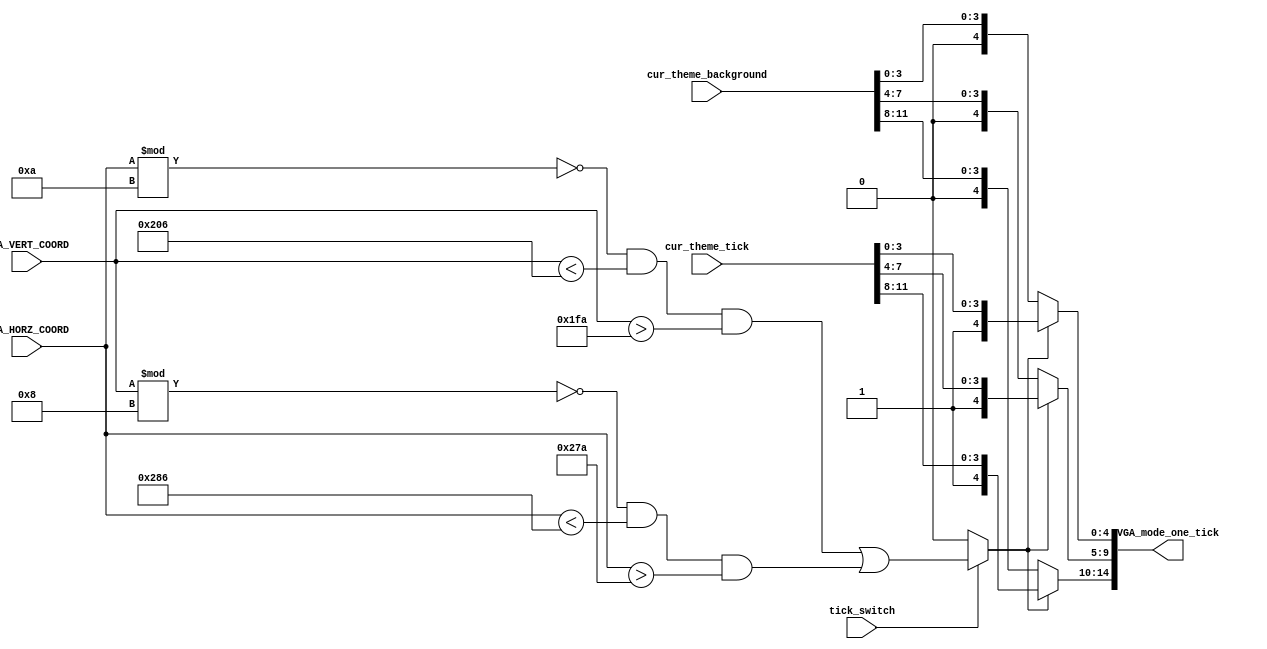
`timescale 1ns / 1ps
//////////////////////////////////////////////////////////////////////////////////
// Company: 
// Engineer: 
// 
// Design Name: 
// Module Name: draw_tick
// Project Name: 
// Target Devices: 
// Tool Versions: 
// Description: 
// 
// Dependencies: 
// 
// Revision:
// Revision 0.01 - File Created
// Additional Comments:
// 
//////////////////////////////////////////////////////////////////////////////////


module draw_tick(
    input [11:0] VGA_HORZ_COORD,
    input [11:0] VGA_VERT_COORD,
    
    output [14:0] VGA_mode_one_tick,
    
    input tick_switch,
    
    input [11:0] cur_theme_tick,
    input [11:0] cur_theme_background
    );
    
    wire condition_for_ticks = tick_switch ? (VGA_HORZ_COORD % 10 == 0 && VGA_VERT_COORD < 518 && VGA_VERT_COORD > 506) ||
        (VGA_VERT_COORD % 8 == 0 && VGA_HORZ_COORD < 646 && VGA_HORZ_COORD > 634) : 0;
        
    assign VGA_mode_one_tick[4:0] = condition_for_ticks ? {1'b1, cur_theme_tick[3:0]} : {1'b0, cur_theme_background[3:0]};
    assign VGA_mode_one_tick[9:5] = condition_for_ticks ? {1'b1, cur_theme_tick[7:4]} : {1'b0, cur_theme_background[7:4]};
    assign VGA_mode_one_tick[14:10] = condition_for_ticks ? {1'b1, cur_theme_tick[11:8]} : {1'b0, cur_theme_background[11:8]};
endmodule